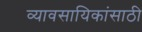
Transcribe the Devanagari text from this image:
व्यावसायिकांसाठी